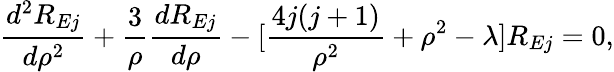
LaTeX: \frac{d^{2}R_{Ej}}{d\rho^{2}}+\frac{3}{\rho}\frac{dR_{Ej}}{d\rho}-[\frac{4j(j+1)}{\rho^{2}}+\rho^{2}-\lambda]R_{Ej}=0,